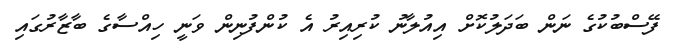
ފޭސްބުކުގެ ނަން ބަދަލުކޮށް އިއުލާނު ކުރިއިރު އެ ކުންފުނިން ވަނީ ހިއްސާގެ ބާޒާރުގައި